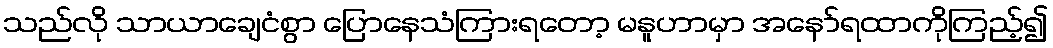
သည်လို သာယာချေငံစွာ ပြောနေသံကြားရတော့ မနူဟာမှာ အနော်ရထာကိုကြည့်၍